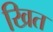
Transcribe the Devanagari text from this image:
खित